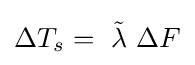
\Delta T_{s}=~{\tilde {\lambda }}~\Delta F